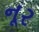
નૂર